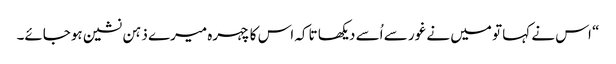
“ اس نے کہا تو میں نے غور سے اُسے دیکھا تاکہ اس کا چہرہ میرے ذہن نشین ہوجائے۔